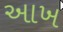
આખ